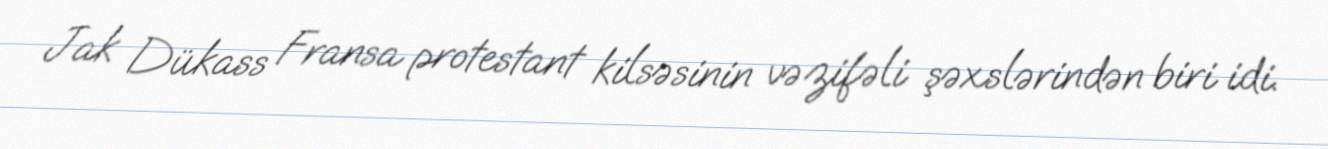
Jak Dükass Fransa protestant kilsəsinin vəzifəli şəxslərindən biri idi.